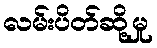
လမ်းပိတ်ဆို့မှု